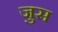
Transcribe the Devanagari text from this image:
जुस